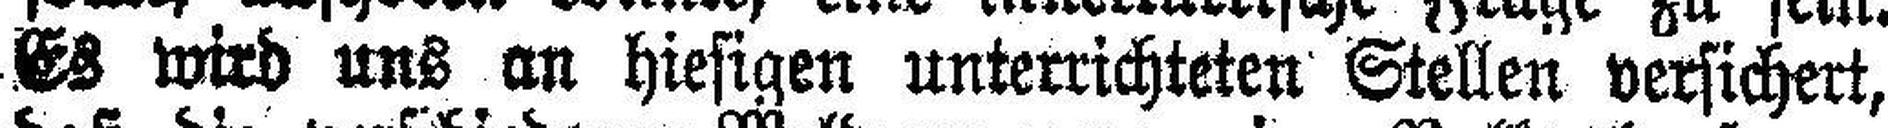
Es wird uns an hiesigen unterrichteten Stellen versichert,